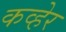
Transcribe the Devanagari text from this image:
कव्हेर